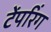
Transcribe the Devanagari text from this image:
टेंपरिंग